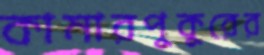
কামারপুকুরের